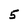
Character: 5